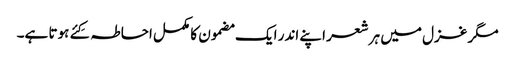
مگر غزل میں ہر شعر اپنے اندر ایک مضمون کا مکمل احاطہ کِئے ہوتا ہے۔